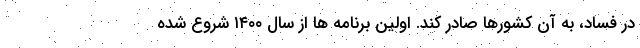
در فساد، به آن کشورها صادر کند. اولین برنامه ها از سال ۱۴۰۰ شروع شده